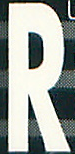
R